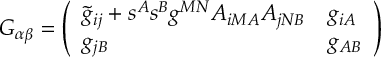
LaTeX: { \cal G } _ { \alpha \beta } = \left( \begin{array} { l l } { { \tilde { g } _ { i j } + s ^ { A } s ^ { B } g ^ { M N } A _ { i M A } A _ { j N B } } } & { { g _ { i A } } } \\ { { g _ { j B } } } & { { g _ { A B } } } \end{array} \right)